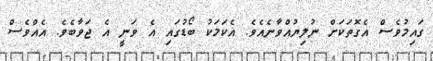
ގައިމުވެސް އެގޮތަކަށް ނުލިޔުއްވާނެއެވެ. އެކަމަކު ބޯޑުގައި އެ ވަނީ އެ ޖަވާބެވެ. އެއްވެސް